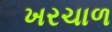
ખરચાળ